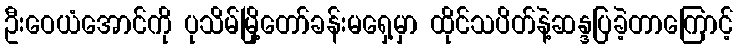
ဦးဝေယံအောင်ကို ပုသိမ်မြို့တော်ခန်းမရှေ့မှာ ထိုင်သပိတ်နဲ့ဆန္ဒပြခဲ့တာကြောင့်